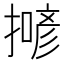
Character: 𢵲